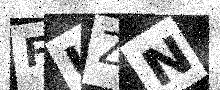
Text: FUZN